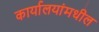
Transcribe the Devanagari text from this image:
कार्यालयांमधील